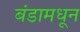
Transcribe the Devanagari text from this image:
बंडामधून